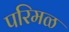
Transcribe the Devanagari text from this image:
परिमळ